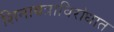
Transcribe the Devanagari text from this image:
शिनावत्राविरोधात